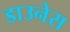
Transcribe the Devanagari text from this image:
डाउनेस